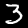
Label: 3